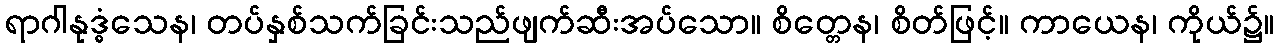
ရာဂါနုဒ္ဓံသေန၊ တပ်နှစ်သက်ခြင်းသည်ဖျက်ဆီးအပ်သော။ စိတ္တေန၊ စိတ်ဖြင့်။ ကာယေန၊ ကိုယ်၌။